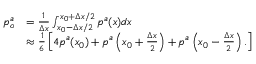
\begin{array} { r l } { p _ { o } ^ { a } } & { = \frac { 1 } { \Delta x } \int _ { x _ { 0 } - \Delta x / 2 } ^ { x _ { 0 } + \Delta x / 2 } p ^ { a } ( x ) d x } \\ & { \approx \frac { 1 } { 6 } \left[ 4 p ^ { a } ( x _ { 0 } ) + p ^ { a } \left( x _ { 0 } + \frac { \Delta x } { 2 } \right) + p ^ { a } \left( x _ { 0 } - \frac { \Delta x } { 2 } \right) . \right] } \end{array}